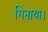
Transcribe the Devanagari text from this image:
गिनाया।